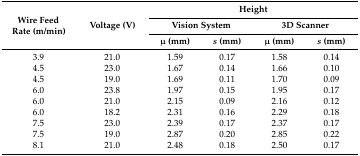
| <ROWSPAN=3> Wire Feed Rate (m/min) | <ROWSPAN=3> Voltage (V) | <COLSPAN=4> Height |
 | <COLSPAN=2> Vision System | <COLSPAN=2> 3D Scanner |
 | μ (mm) | s (mm) | μ (mm) | s (mm) |
 | --- | --- | --- | --- | --- | --- |
 | 3.9 | 21.0 | 1.59 | 0.17 | 1.58 | 0.14 |
 | 4.5 | 23.0 | 1.67 | 0.14 | 1.66 | 0.10 |
 | 4.5 | 19.0 | 1.69 | 0.11 | 1.70 | 0.09 |
 | 6.0 | 23.8 | 1.97 | 0.15 | 1.95 | 0.17 |
 | 6.0 | 21.0 | 2.15 | 0.09 | 2.16 | 0.12 |
 | 6.0 | 18.2 | 2.31 | 0.16 | 2.29 | 0.18 |
 | 7.5 | 23.0 | 2.39 | 0.17 | 2.37 | 0.17 |
 | 7.5 | 19.0 | 2.87 | 0.20 | 2.85 | 0.22 |
 | 8.1 | 21.0 | 2.48 | 0.18 | 2.50 | 0.17 |